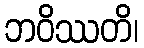
ဘဝိဿတိ၊